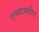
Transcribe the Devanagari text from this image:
टप्प्यामधील